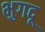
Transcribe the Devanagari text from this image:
भुगदू